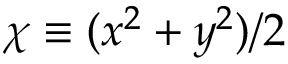
\chi \equiv ( x ^ { 2 } + y ^ { 2 } ) / 2